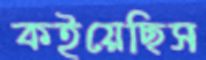
কইয়েছিস